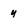
Character: y